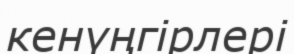
кенүңгірлері